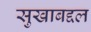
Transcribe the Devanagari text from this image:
सुखाबद्दल